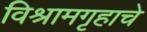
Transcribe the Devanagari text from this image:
विश्रामगृहाचे